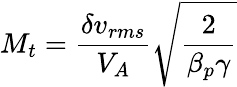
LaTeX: M_{t}=\frac{\delta v_{rms}}{V_{A}}\sqrt{\frac{2}{\beta_{p}\gamma}}